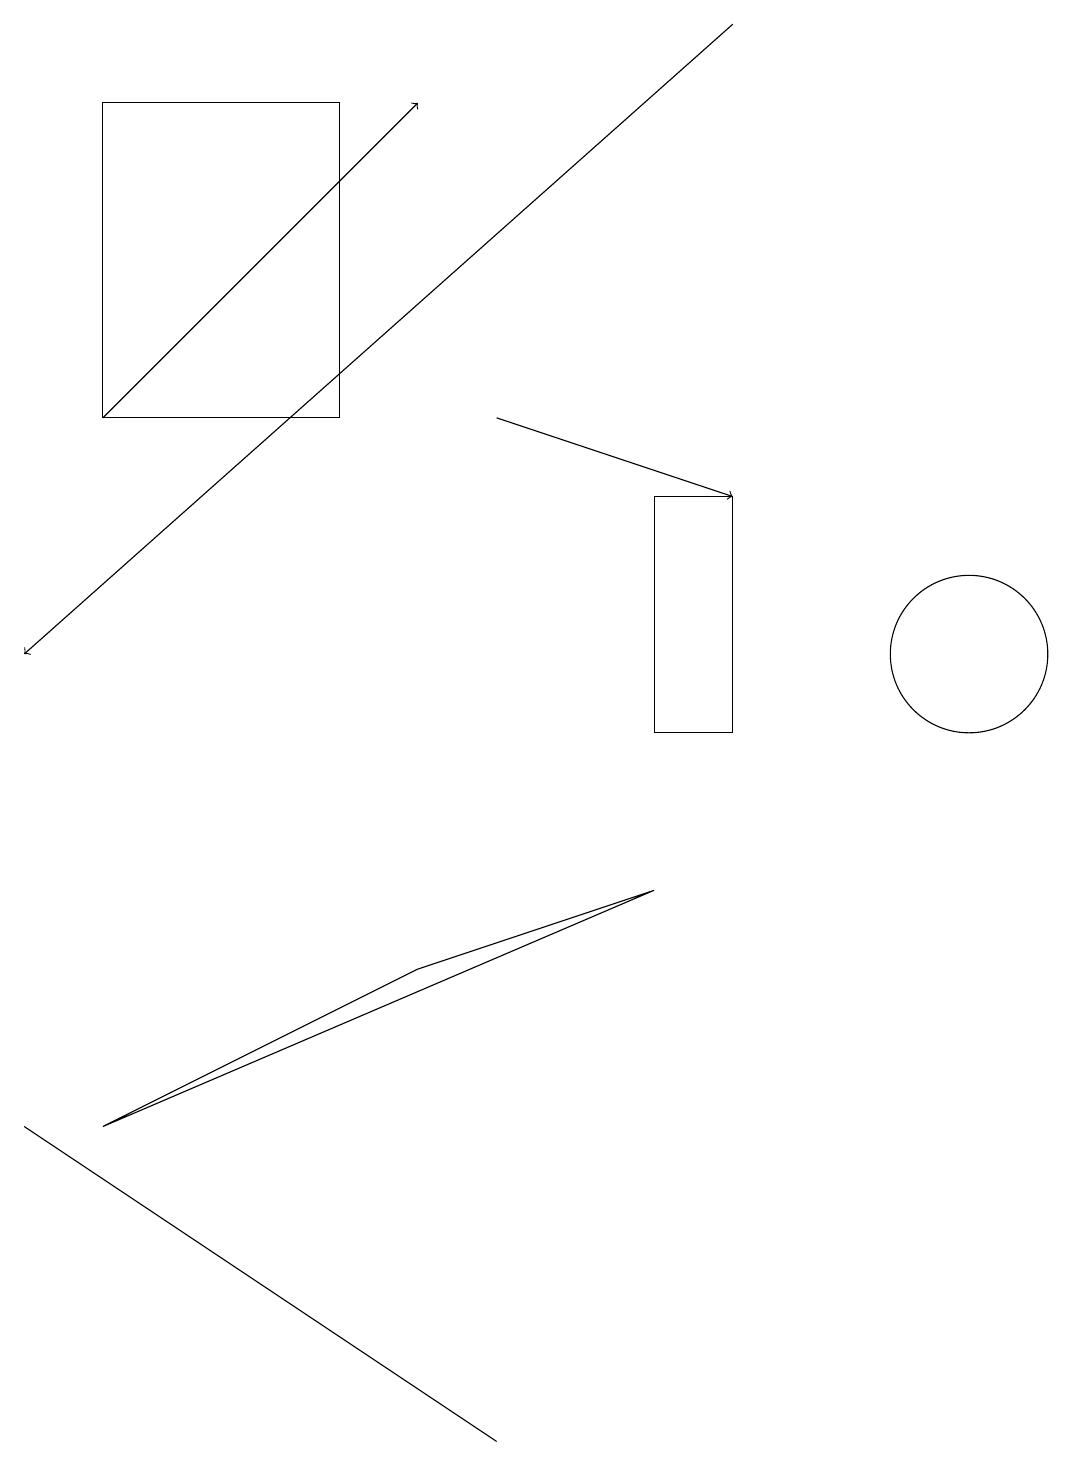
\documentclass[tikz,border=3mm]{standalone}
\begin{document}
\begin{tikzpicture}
\draw (9,13) rectangle (8,10);
\draw[->] (6,14) -- (9,13);
\draw[->] (9,19) -- (0,11);
\draw (1,5) -- (8,8) -- (5,7) -- cycle;
\draw (6,1) -- (6,1) -- (0,5) -- cycle;
\draw (12,11) circle (1);
\draw[->] (1,14) -- (5,18);
\draw (4,18) rectangle (1,14);
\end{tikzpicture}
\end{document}